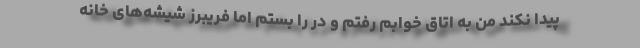
پیدا نکند من به اتاق خوابم رفتم و در را بستم اما فریبرز شیشه‌های خانه